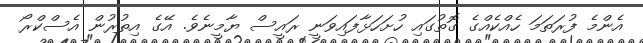
އެންމެ ފުރަތަމަ ހެއްކެއްގެ ގޮތުގައި ހުށަހަޅާފައިވަނީ ރައީސް ޔާމީނެވެ. އޭގެ އިތުރުން އެސްކްރޯ